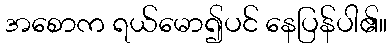
အစောက ရယ်မော၍ပင် နေပြန်ပါ၏။